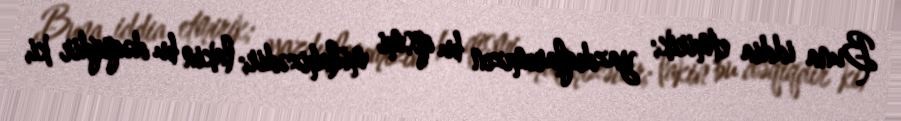
Buna iddia etmirik; yazdıqlarımızın bu qismi mülahizədir; lakin bu dəqiqdir ki,